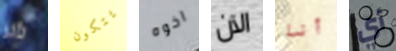
تأثر يتكون اخوه الآن أنا أي